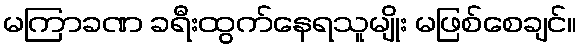
မကြာခဏ ခရီးထွက်နေရသူမျိုး မဖြစ်စေချင်။